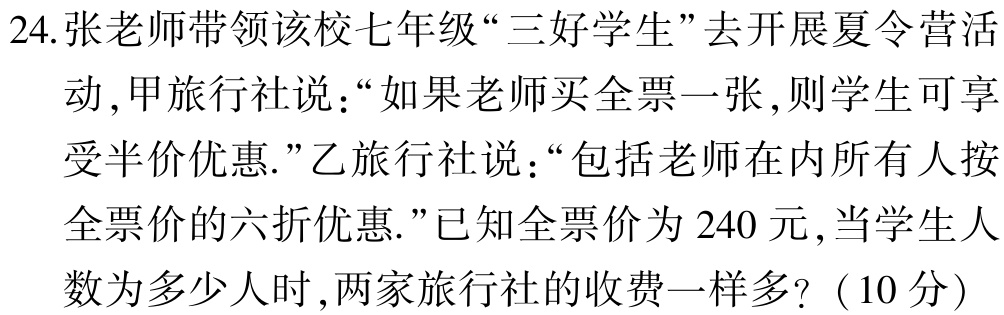
24.张老师带领该校七年级“三好学生”去开展夏令营活动,甲旅行社说：“如果老师买全票一张,则学生可享受半价优惠.”乙旅行社说：“包括老师在内所有人按全票价的六折优惠.”已知全票价为240元,当学生人数为多少人时,两家旅行社的收费一样多?（10分）